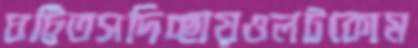
ঘট্টিতসদিচ্ছায়ওলটকোম